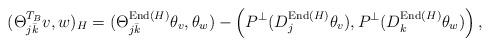
LaTeX: \begin{align*}(\Theta_{j\bar k}^{T_B} v, w)_H=(\Theta_{j\bar k}^{{\rm End}(H)} \theta_v, \theta_w)- \left( P^{\bot} (D^{{\rm End}(H)}_j \theta_v), P^{\bot} (D^{{\rm End}(H)}_k \theta_w) \right),\end{align*}